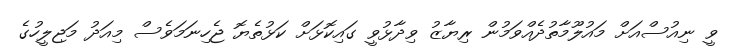
ވީ ނިއުސްއަށް މައުލޫމާތުދެއްވަމުން ރިޔާޒު ވިދާޅުވީ ގައިކޮޅަށް ކަޅުތެޔޮ ޖެހިނަމަވެސް މިއަދު މަޖިލީހުގެ